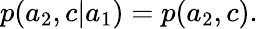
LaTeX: \begin{array}{r}{p(a_{2},c|a_{1})=p(a_{2},c).}\end{array}